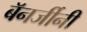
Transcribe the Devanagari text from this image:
बॅनर्जीनी